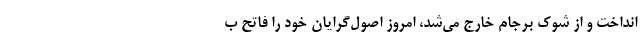
انداخت و از شوک برجام خارج می‌شد، امروز اصول‌گرایان خود را فاتح ب